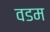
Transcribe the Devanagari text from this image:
वडम